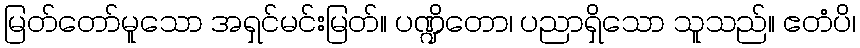
မြတ်တော်မူသော အရှင်မင်းမြတ်။ ပဏ္ဍိတော၊ ပညာရှိသော သူသည်။ ဧတံပိ၊